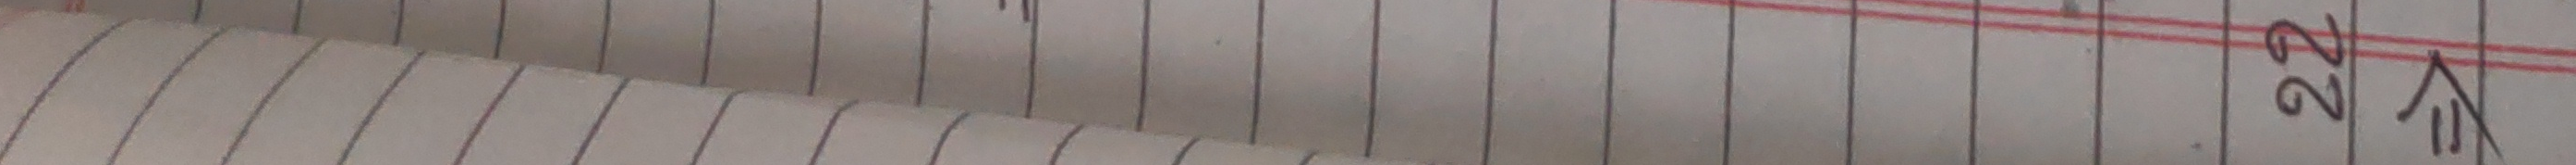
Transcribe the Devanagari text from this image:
२२